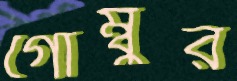
গোম্বুর